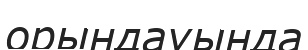
орындауында